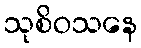
သုစိဝသနေ